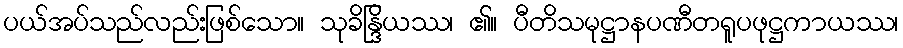
ပယ်အပ်သည်လည်းဖြစ်သော။ သုခိန္ဒြိယဿ၊ ၏။ ပီတိသမုဋ္ဌာနပဏီတရူပဖုဋ္ဌကာယဿ၊